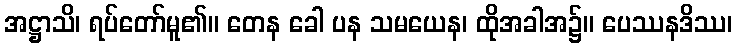
အဋ္ဌာသိ၊ ရပ်တော်မူ၏။ တေန ခေါ ပန သမယေန၊ ထိုအခါအ၌။ ပေဿနဒိဿ၊